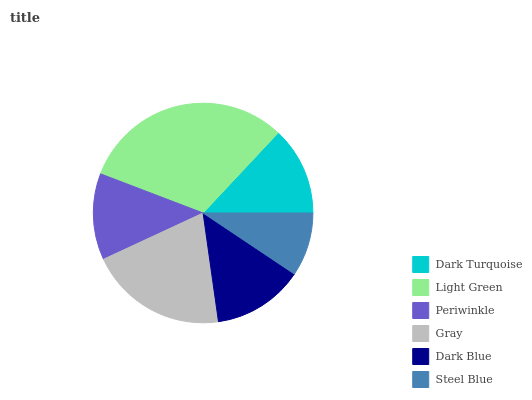
| Dark Turquoise | Light Green | Periwinkle | Gray | Dark Blue | Steel Blue |
 | --- | --- | --- | --- | --- | --- |
 | 13% | 31.2% | 12.7% | 20.4% | 13.4% | 9.37% |